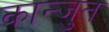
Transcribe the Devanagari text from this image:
कान्जुत